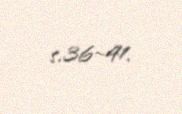
s.36–41.